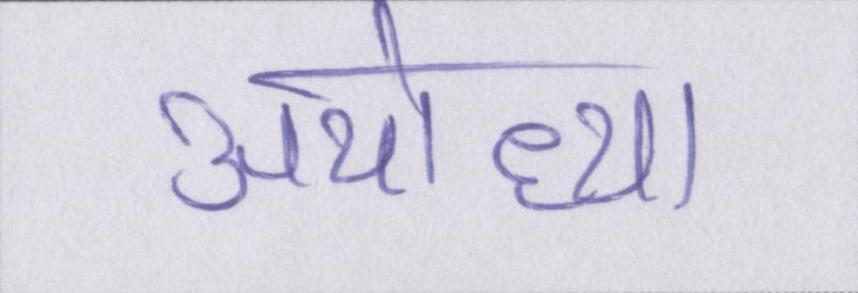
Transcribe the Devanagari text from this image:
अयोध्या